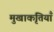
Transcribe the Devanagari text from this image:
मुखाकृतियाँ